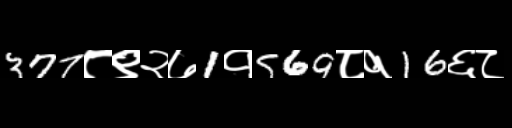
Text: 377८९२७1१569८१16६८